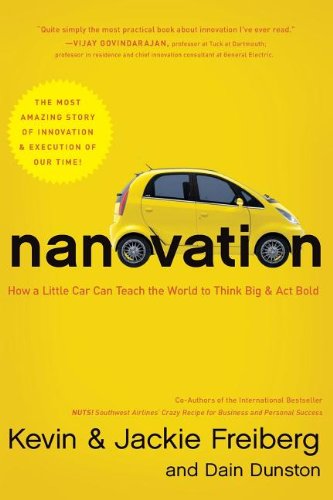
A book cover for Nanovation: How a Little Car Can Teach the World to Think Big and Act Bold; Kevin Freiberg; Business & Money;